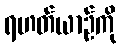
ရဟတ်ယာဉ်ကို